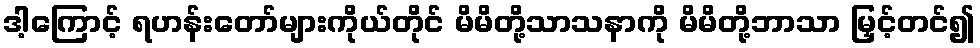
ဒါ့ကြောင့် ရဟန်းတော်များကိုယ်တိုင် မိမိတို့သာသနာကို မိမိတို့ဘာသာ မြှင့်တင်၍